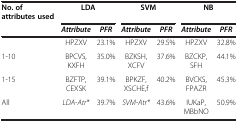
| No. of attributes used | <COLSPAN=2> LDA | <COLSPAN=2> SVM | <COLSPAN=2> NB |
 |  | Attribute | PFR | Attribute | PFR | Attribute | PFR |
 | --- | --- | --- | --- | --- | --- | --- |
 |  | HPZXV | 23.1% | HPZXV | 29.5% | HPZXV | 32.8% |
 | 1-10 | BPCVS,KXFH | 35.0% | BZKSH,XCFV | 37.6% | BZCKP,SFH | 44.1% |
 | 1-15 | BZFTP,CEXSK | 39.1% | BPKZF,XSCHE,f | 40.2% | BVCKS,FPAZR | 45.3% |
 | All | LDA-Atr* | 39.7% | SVM-Atr* | 43.6% | IUKaP, MBbNO | 50.9% |